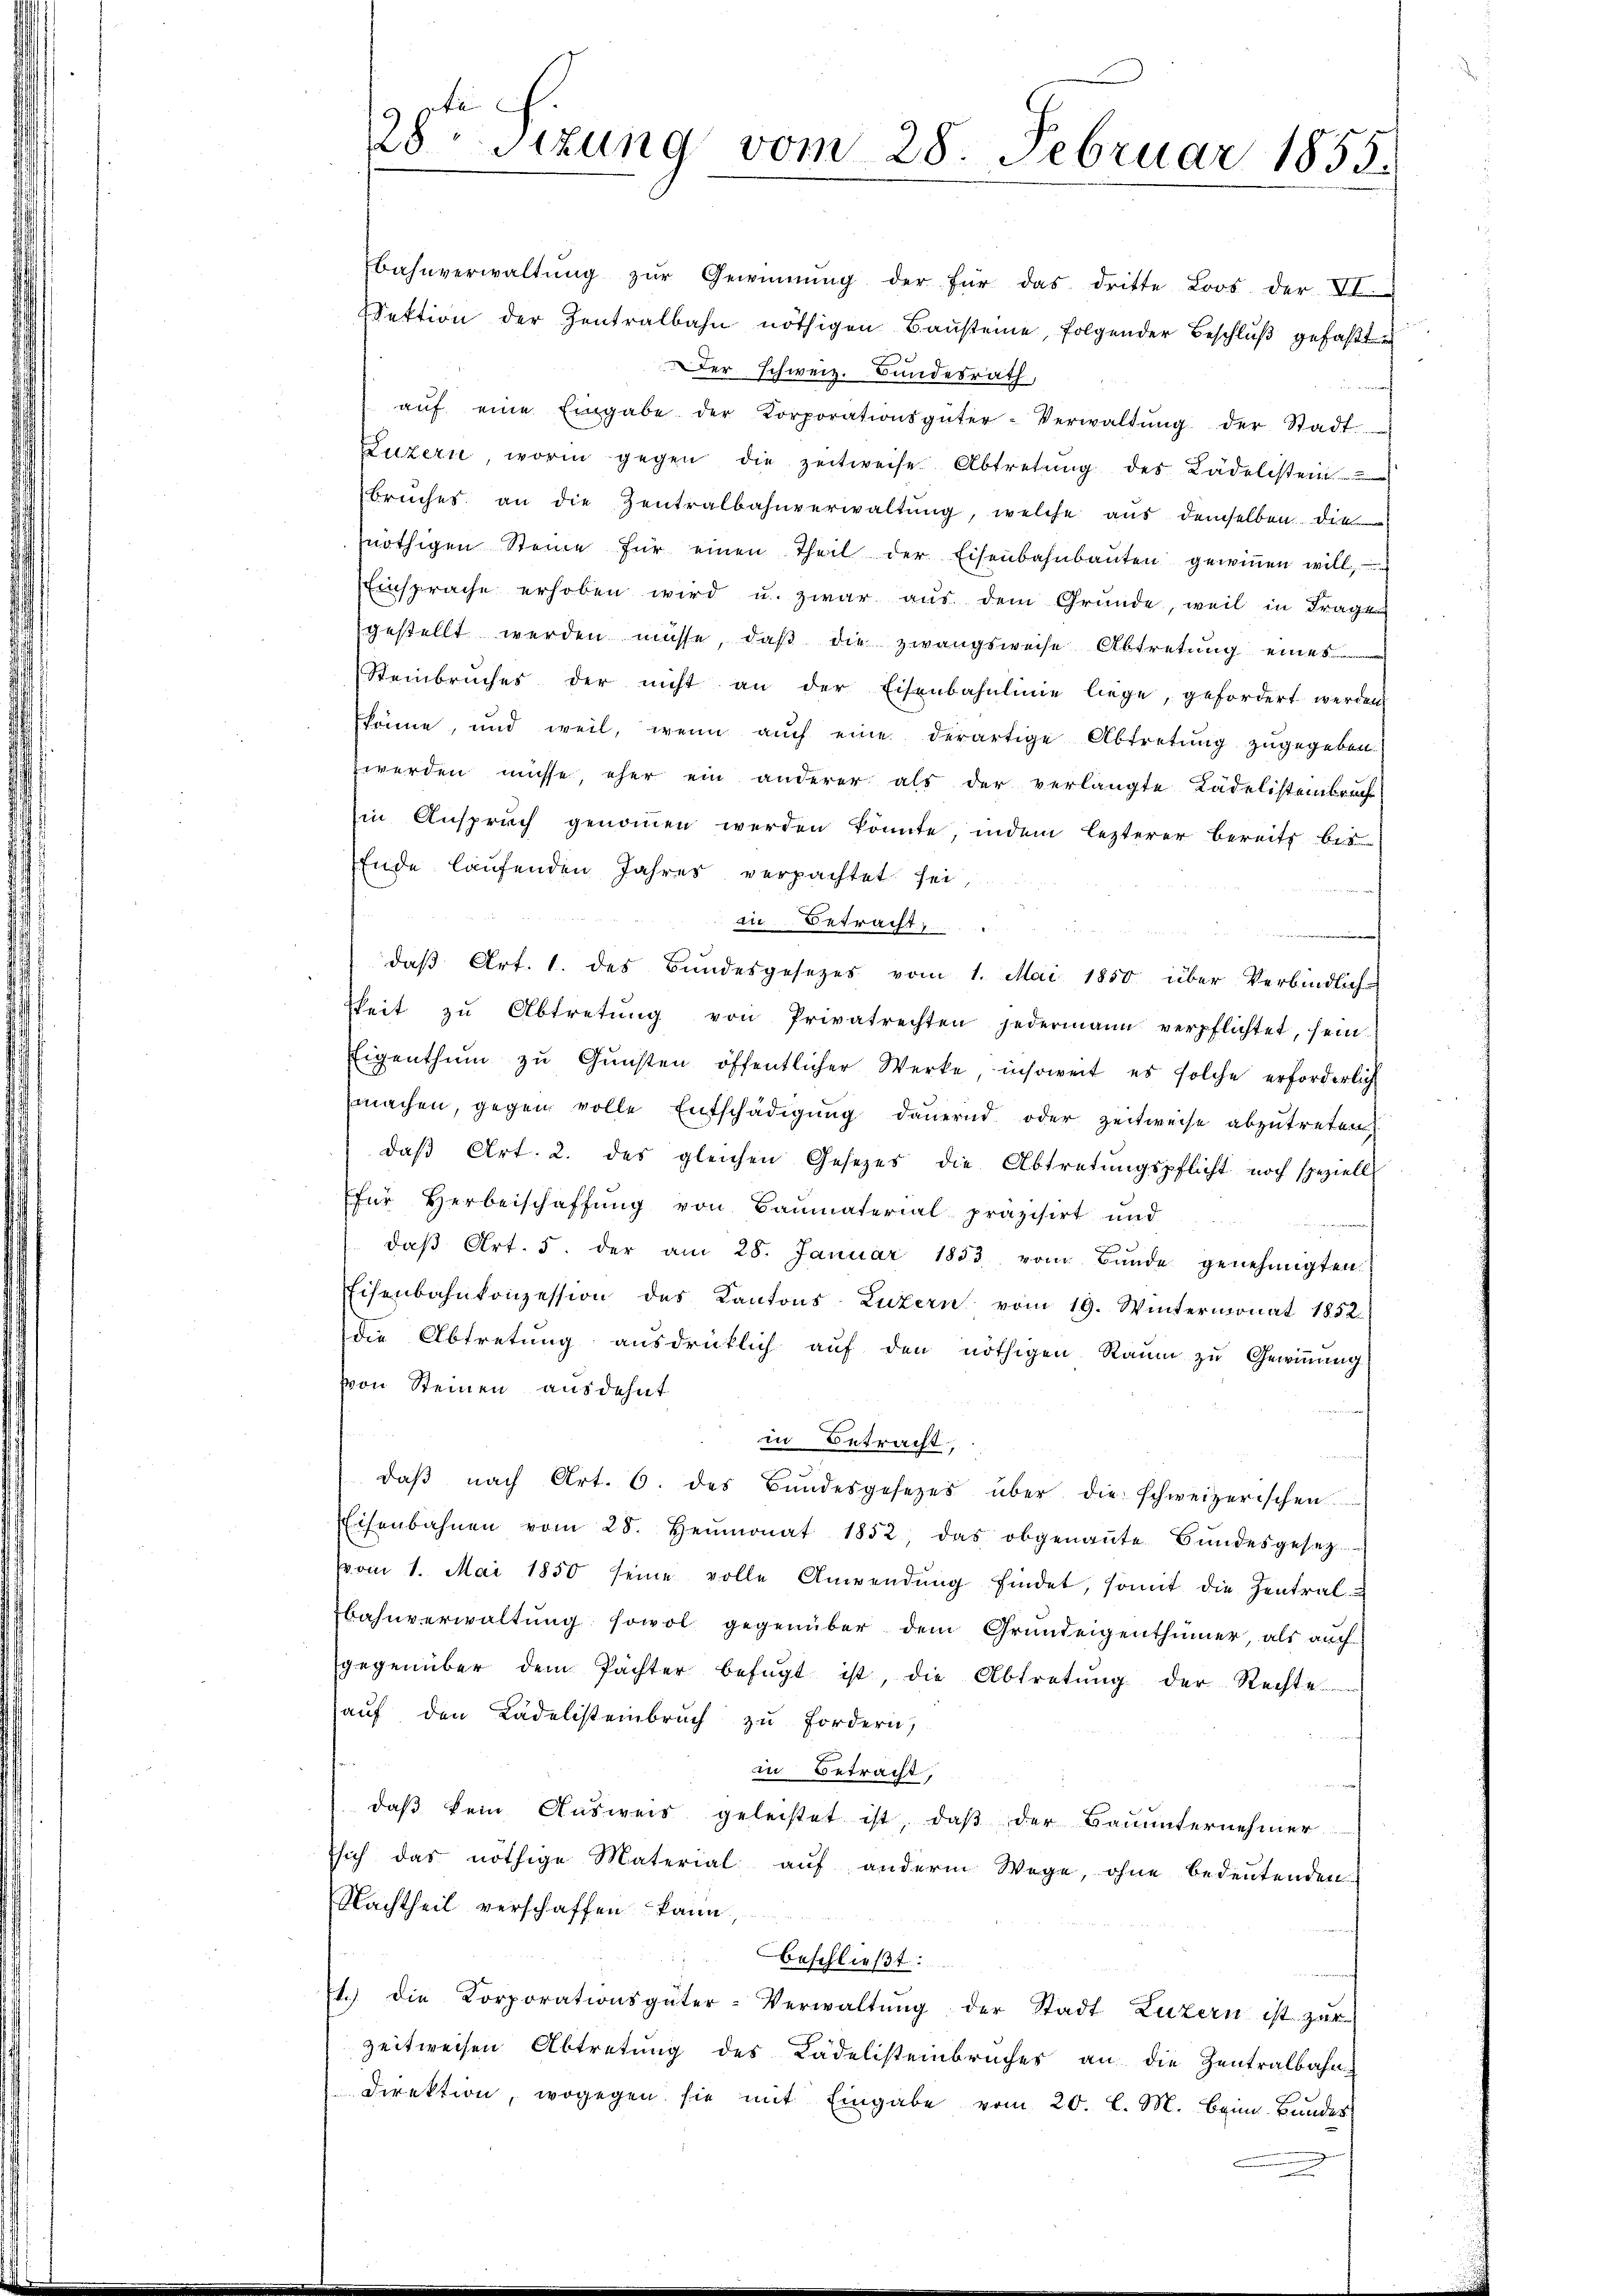
Bahnverwaltŭng zŭr Gewinnung der für das dritte Loos der VI.
Sektion der Zentralbahn nöthigen Baŭsteine, folgender Beschlŭβ gefaβt
er schweiz. Bundesrath,

aŭf eine Eingabe der Korporationsgüter-Verwaltŭng der Stadt
Luzern, worin gegen die zeitweise Abtretŭng des Lädelistein
brŭches an die Zentralbahnverwaltŭng, welche aŭs demselben die
nöthigen Steine für einen Theil der Eisenbahnbaŭten gewiṅen will,
Einsprache erhoben wird u. zwar aŭs dem Gründe, weil in Frage
gestellt werden müsse, daß die zwangsweise Abtretung eines
Steinbruches der nicht an der Eisenbahnlinie liege, gefordert werden
könne, und weil, wenn aŭch eine derartige Abtretŭng zugegeben.
werden müsse, eher ein anderer als der verlangte Kadelistenbruch
in Anspruch genommen werden könnte indem lezterer bereits bis
Ende laufenden Jahres verpachtet sei
in Betracht,
daβ Art. 1. des Bŭndesgesezes vom 1. Mai 1850 über Verbindlich-
keit zŭ Abtretŭng von Privatrechten jedermann verpflichtet, sein-
Eigenthŭm zŭ Gŭnsten öffentlicher Werke, insoweit es solche erforderlich
machen, gegen volle Entschädigŭng dauernd oder zeitweise abzutreten,
daβ Art. 2. des gleichen Gesetzes die Abtretŭngspflicht noch speziell
für Herbeischaffŭng von Baŭmaterial präzisirt und
daβ Art. 5. der am 28. Januar 1853 vom Bunde genehmigten
Eisenbahnkonzession des Kantons Luzern vom 19. Wintermonat 1852.
die Abtretung ausdrücklich aŭf den nöthigen Raum zu Gewinnung
von Steinen ausdehnt
in Betracht,
daβ nach Art. 6. des Bundesgesetzes über die schweizerischen
Eisenbahnen vom 28. Heumonat 1852, das obgenannte Bŭndesgesetz
vom 1. Mai 1850 seine volle Anwendŭng findet, somit die Zentral-
bahnverwaltung sowol gegenüber dem Grundeigenthümer, als auch
gegenüber dem Pächter befugt ist, die Abtretung der Rechte
auf den Kadelisteinbruch zu Fordern,
in Betracht,
daß kein Ausweis geleistet ist, daß der Bauunternehmer
sich das nöthige Material auf anderm Wege, ohne bedeŭtenden
Nachtheil verschaffen kann,
beschließt:
1.) Die Korporationsgüter-Verwaltŭng der Stadt Luzern ist zŭr
zeitweisen Abtretung des Kadelisteinbruches an die Zentralbahne
Direktion, wogegen sie mit Eingabe vom 20. l. M. beim Bundes

.
28sizung vom 28. Februar 1855.